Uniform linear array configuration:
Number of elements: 48
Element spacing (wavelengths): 1
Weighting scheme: kaiser
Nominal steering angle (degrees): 0
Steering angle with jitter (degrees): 0.8243
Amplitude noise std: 0.05
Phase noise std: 0.05

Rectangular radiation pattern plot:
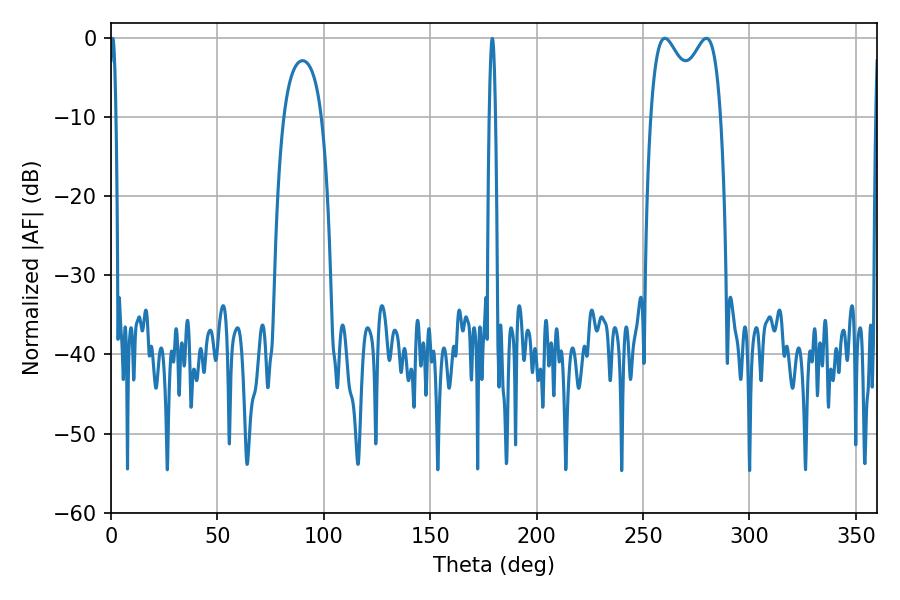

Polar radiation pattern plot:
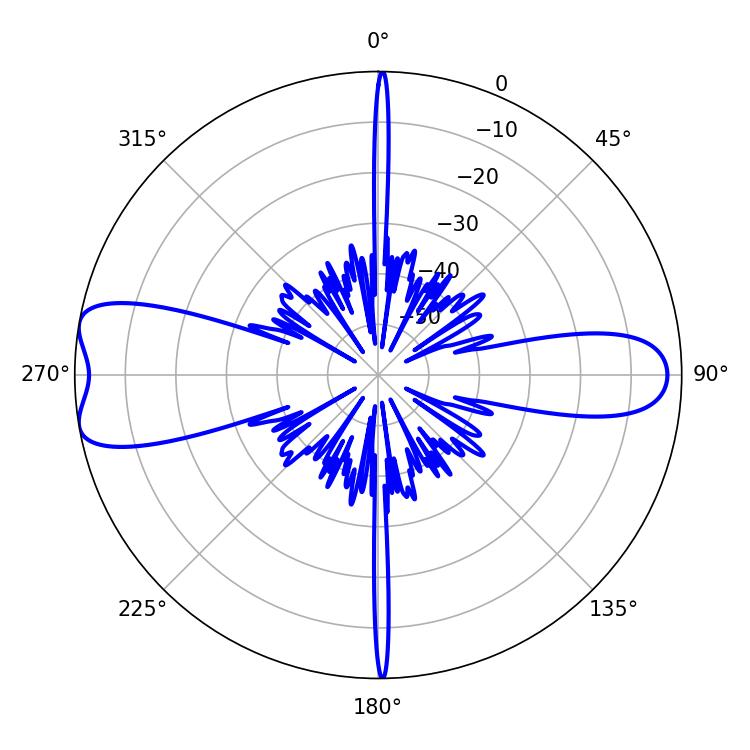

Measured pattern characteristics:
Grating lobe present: TRUE
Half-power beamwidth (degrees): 27.72
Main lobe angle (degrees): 260.28